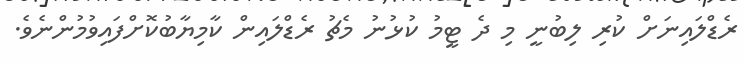
ރެޑްލައިނަށް ކުރި ލިބުނީ މި ދެ ޓީމު ކުޅުނު މެޗު ރެޑްލައިން ކާމިޔާބުކޮށްފައިވުމުންނެވެ.